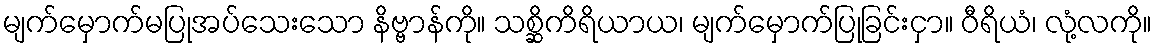
မျက်မှောက်မပြုအပ်သေးသော နိဗ္ဗာန်ကို။ သစ္ဆိကိရိယာယ၊ မျက်မှောက်ပြုခြင်းငှာ။ ဝီရိယံ၊ လုံ့လကို။